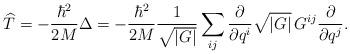
LaTeX: \begin{align*}\widehat{T}=-\frac{\hbar^{2}}{2M}\Delta=-\frac{\hbar^{2}}{2M}\frac{1}{\sqrt{\left|G\right|}}\sum_{ij}\frac{\partial}{\partial q^i}\sqrt{\left|G\right|}\,G^{ij}\frac{\partial}{\partial q^j}.\end{align*}